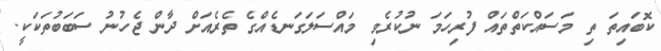
ކޮބައިތަ ތި މަސައްކަތްތައް ފުރިހަމަ ނުކުރެވި މައްސަލަގަނޑެއްގެ ތެރެއަށް ދާން ޖެހުނު ސަބަބުތަކަކީ.